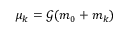
\mu _ { k } = \mathcal { G } ( m _ { 0 } + m _ { k } )